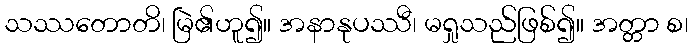
သဿတောတိ၊ မြဲ၏ဟူ၍။ အနာနုပဿီ၊ မရှုသည်ဖြစ်၍။ အတ္တာ စ၊